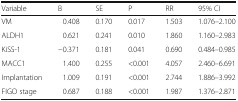
| Variable | B | SE | P | RR | 95% CI |
 | --- | --- | --- | --- | --- | --- |
 | VM | 0.408 | 0.170 | 0.017 | 1.503 | 1.076–2.100 |
 | ALDH1 | 0.621 | 0.241 | 0.010 | 1.860 | 1.160–2.983 |
 | KiSS-1 | −0.371 | 0.181 | 0.041 | 0.690 | 0.484–0.985 |
 | MACC1 | 1.400 | 0.255 | <0.001 | 4.057 | 2.460–6.691 |
 | Implantation | 1.009 | 0.191 | <0.001 | 2.744 | 1.886–3.992 |
 | FIGO stage | 0.687 | 0.188 | <0.001 | 1.987 | 1.376–2.871 |